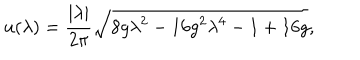
u ( \lambda ) = \frac { | \lambda | } { 2 \pi } \sqrt { 8 g \lambda ^ { 2 } - 1 6 g ^ { 2 } \lambda ^ { 4 } - 1 + 1 6 g } ,